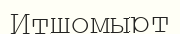
Итшомырт